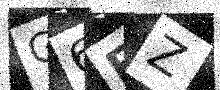
Text: G6FZ